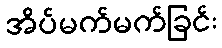
အိပ်မက်မက်ခြင်း